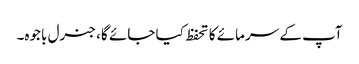
آپ کے سرمائے کا تحفظ کیا جائے گا، جنرل باجوہ۔